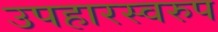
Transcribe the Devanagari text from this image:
उपहारस्वरुप